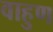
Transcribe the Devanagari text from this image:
वाहुण